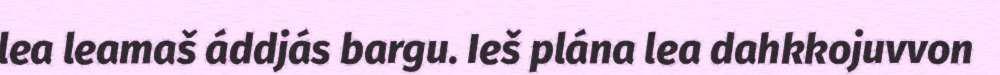
lea leamaš áddjás bargu. Ieš plána lea dahkkojuvvon